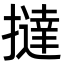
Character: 撻